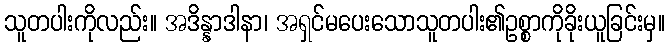
သူတပါးကိုလည်း။ အဒိန္နာဒါနာ၊ အရှင်မပေးသောသူတပါး၏ဥစ္စာကိုခိုးယူခြင်းမှ။